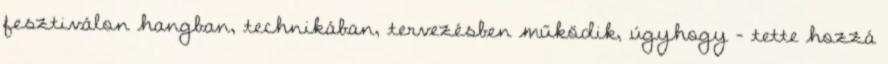
fesztiválon hangban, technikában, tervezésben működik, úgyhogy – tette hozzá